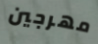
مهرجين